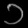
Digit: ၁